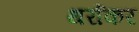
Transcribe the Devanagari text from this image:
थर्राकर